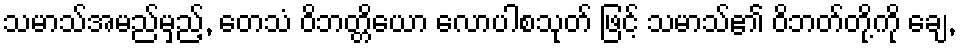
သမာသ်အမည်မှည့်, တေသံ ဝိဘတ္တိယော လောပါစသုတ် ဖြင့် သမာသ်၏ ဝိဘတ်တို့ကို ချေ,